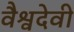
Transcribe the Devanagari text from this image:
वैश्वदेवी